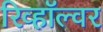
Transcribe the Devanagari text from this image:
रिव्हॉल्वर